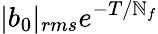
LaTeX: |b_{0}|_{rms}e^{-T/\mathbb{N}_{f}}